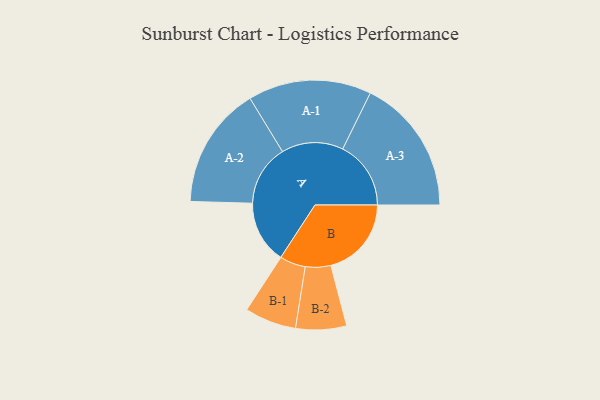
{"axis": {"x": "Segment", "y": "Value"}, "legend": ["", "A", "B"], "data": [{"x": "A", "y": 269, "type": ""}, {"x": "B", "y": 346, "type": ""}, {"x": "A-1", "y": 265, "type": "A"}, {"x": "A-2", "y": 262, "type": "A"}, {"x": "A-3", "y": 293, "type": "A"}, {"x": "B-1", "y": 111, "type": "B"}, {"x": "B-2", "y": 109, "type": "B"}]}